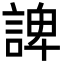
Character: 諀